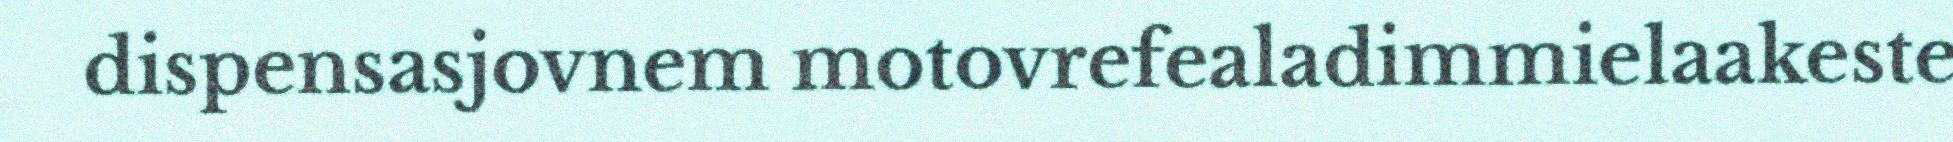
dispensasjovnem motovrefealadimmielaakeste